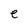
Character: e